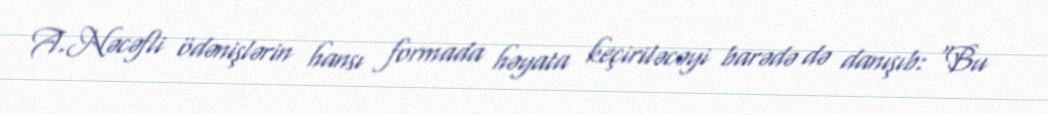
A.Nəcəfli ödənişlərin hansı formada həyata keçiriləcəyi barədə də danışıb: "Bu